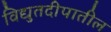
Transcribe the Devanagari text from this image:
विद्युतदीपातील